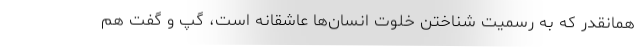
همانقدر که به رسمیت شناختن خلوت انسان‌ها عاشقانه است، گپ و گفت هم